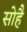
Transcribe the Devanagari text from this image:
सोहै